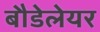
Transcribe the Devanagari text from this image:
बौडेलेयर